Annual report on the mental hospital in the Central Provinces and Berar (Nagpur) - 1927-1951
Year: 1927
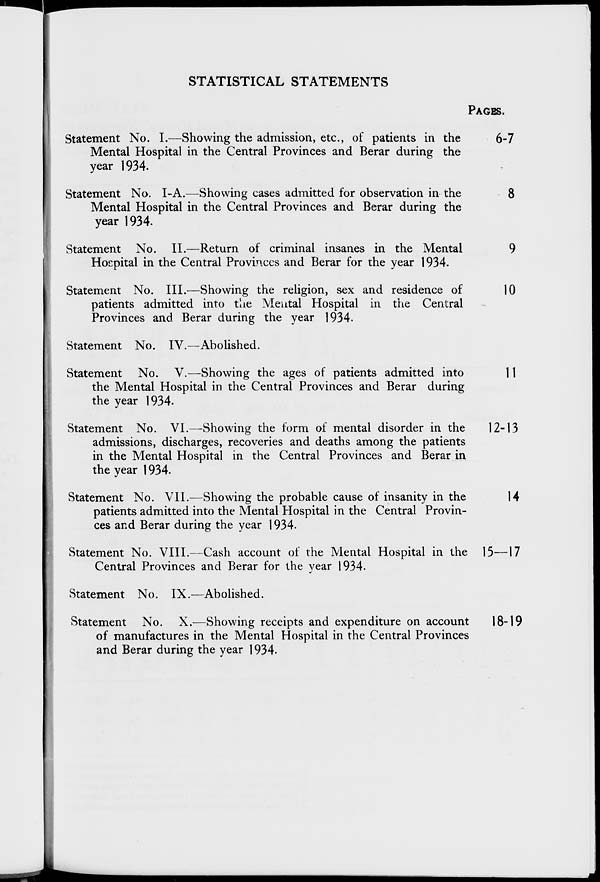
STATISTICAL STATEMENTS
PAGES.
Statement No. I.—Showing the admission, etc., of patients in the
Mental Hospital in the Central Provinces and Berar during the
year 1934.
Statement No. I-A.—Showing cases admitted for observation in the
Mental Hospital in the Central Provinces and Berar during the
year 1934.
Statement No. II.—Return of criminal insanes in the Mental
Hospital in the Central Provinces and Berar for the year 1934.
Statement No. III.—Showing the religion, sex and residence of
patients admitted into the Mental Hospital in the Central
Provinces and Berar during the year 1934.
Statement No. IV.—Abolished.
Statement No. V.—Showing the ages of patients admitted into
the Mental Hospital in the Central Provinces and Berar during
the year 1934.
Statement No. VI.—Showing the form of mental disorder in the
admissions, discharges, recoveries and deaths among the patients
in the Mental Hospital in the Central Provinces and Berar in
the year 1934.
Statement No. VII.—Showing the probable cause of insanity in the
patients admitted into the Mental Hospital in the Central Provin-
ces and Berar during the year 1934.
Statement No. VIII.—Cash account of the Mental Hospital in the
Central Provinces and Berar for the year 1934.
Statement No. IX.—Abolished.
Statement No. X.—Showing receipts and expenditure on account
of manufactures in the Mental Hospital in the Central Provinces
and Berar during the year 1934.
6-7
8
9
10
11
12-13
14
15—17
8-19